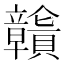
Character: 𧹄